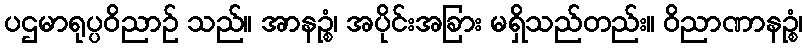
ပဌမာရုပ္ပဝိညာဉ် သည်။ အာနဉ္စံ၊ အပိုင်းအခြား မရှိသည်တည်း။ ဝိညာဏာနဉ္စံ၊